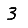
Digit: 3